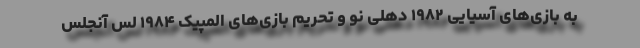
به بازی‌های آسیایی ۱۹۸۲ دهلی نو و تحریم بازی‌های المپیک ۱۹۸۴ لس آنجلس